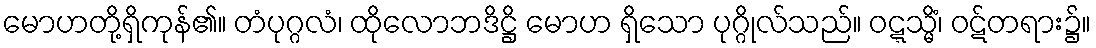
မောဟတို့ရှိကုန်၏။ တံပုဂ္ဂလံ၊ ထိုလောဘဒိဋ္ဌိ မောဟ ရှိသော ပုဂ္ဂိုလ်သည်။ ဝဋ္ဋသ္မိံ၊ ဝဋ်တရား၌။